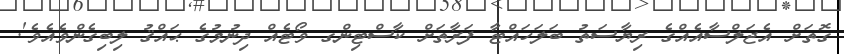
ގޮތަށް އެޖަލްސާއެއްގެ ރިޔާސަތު ބަލަހައްޓާ ފަރާތަށް ކާސްޓިންގ ވޯޓެއް ދިނުމުގެ ޙައްޤު ލިބިގެންވެއެވެ'.